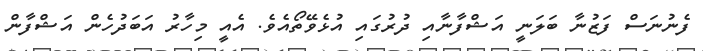
ފެނުނަސް ފަޒުނާ ބަލަނީ އަޝްފާނާއި ދުރުގައި އުޅެވޭތޯއެވެ. އެއީ މިހާރު އަބަދުހެން އަޝްފާން